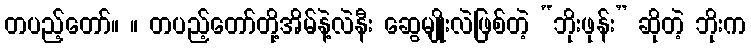
တပည့်တော်။ ။ တပည့်တော်တို့အိမ်နဲ့လဲနီး ဆွေမျိုးလဲဖြစ်တဲ့ “ဘိုးဖုန်း” ဆိုတဲ့ ဘိုးက